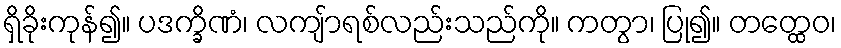
ရှိခိုးကုန်၍။ ပဒက္ခိဏံ၊ လကျ်ာရစ်လည်းသည်ကို။ ကတွာ၊ ပြု၍။ တတ္ထေဝ၊